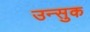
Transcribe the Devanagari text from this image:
उन्सुक